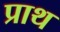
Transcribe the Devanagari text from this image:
प्राथ